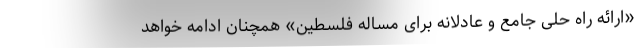
«ارائه راه حلی جامع و عادلانه برای مسأله فلسطین» همچنان ادامه خواهد